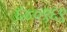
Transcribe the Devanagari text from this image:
६४०९६९